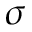
\sigma